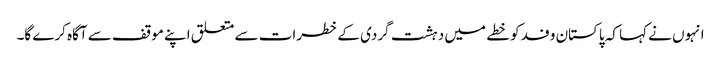
انہوں نے کہا کہ پاکستان وفد کو خطے میں دہشت گردی کے خطرات سے متعلق اپنے موقف سے آگاہ کرے گا۔